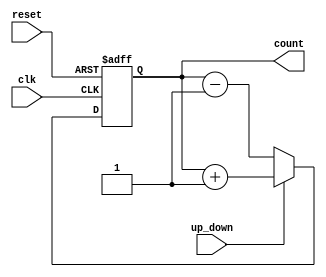
module UpDownCounter (
    input wire clk,
    input wire reset,
    input wire up_down,
    output reg [3:0] count
);

always @(posedge clk or posedge reset) begin
    if (reset) begin
        count <= 4'b0000; // Initialize count to 0
    end else begin
        if (up_down) begin
            count <= count + 1; // Increment count
        end else begin
            count <= count - 1; // Decrement count
        end
    end
end

endmodule